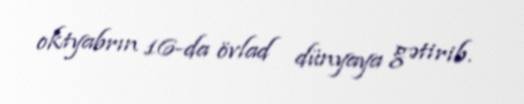
oktyabrın 16-da övlad dünyaya gətirib.